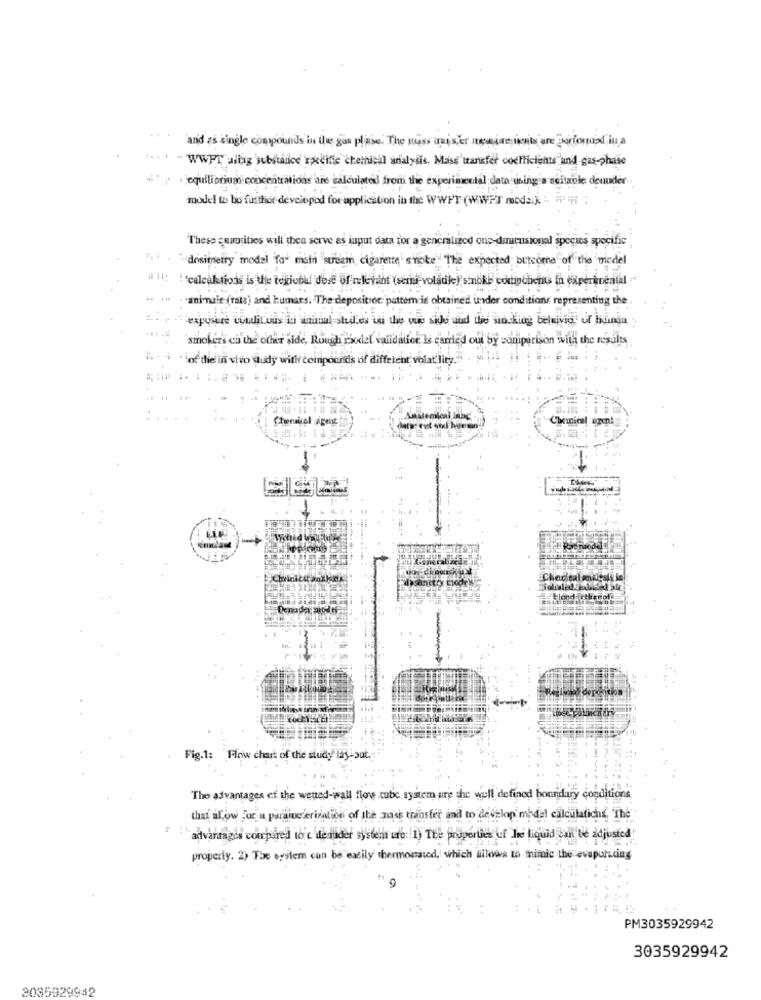
and as single compounds in the gas plase. The muss iniser mesure nents are Dorfonost in a
"WWFT aring substance specific chemical analysis. Mass transfer coefficients and gas phase
. equilibrium concentrations are calculated from the experimental data using a suitable demunder
model to bo further developed for application in the WWHT (WWPT" modai]
These cumprities will then serve as input data for a generalized one-dimensional species specific
"dosimetry model for main stream cigarette smoke The expected betcome of the model
alis !'calculations is the tekiobal dose of relevant (semi-volatile)'sinöke codipunchts in experimental
"animait (tats) and kumars. The deposition pattern is obtained under conditions representing the
-exposure condit ous iu anual stilles us the que sides and the working beluivig of hunga
'smokers ci the other side, Rough Psodel validatier Is carried out by conipirison with the results
`of the in vivo dudy with compounds of different volatility.
Cheerabal agens
Cheunien! ozent
klond
then ol
Fig.1: Flow chart of the study lay out.
The advantages of the wetted-wall flow tube system are the well defined boundary conditions
that allow For a parame erisation of the mass transfer and to develop medel calculatichs 'The
advantages compared to e de maider system ure: 1) The properties uf he liquid can be adjusted"
property. 2) The epilem can be easily thermonated, which allows to mimic the evaporading
PM3035929942
3035929942
3085929942